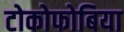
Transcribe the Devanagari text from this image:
टोकोफोबिया